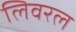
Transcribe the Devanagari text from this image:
लिवरल